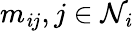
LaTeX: {m_{\mathit{i}j},j\in\mathcal{{N}}_{\mathit{i}}}